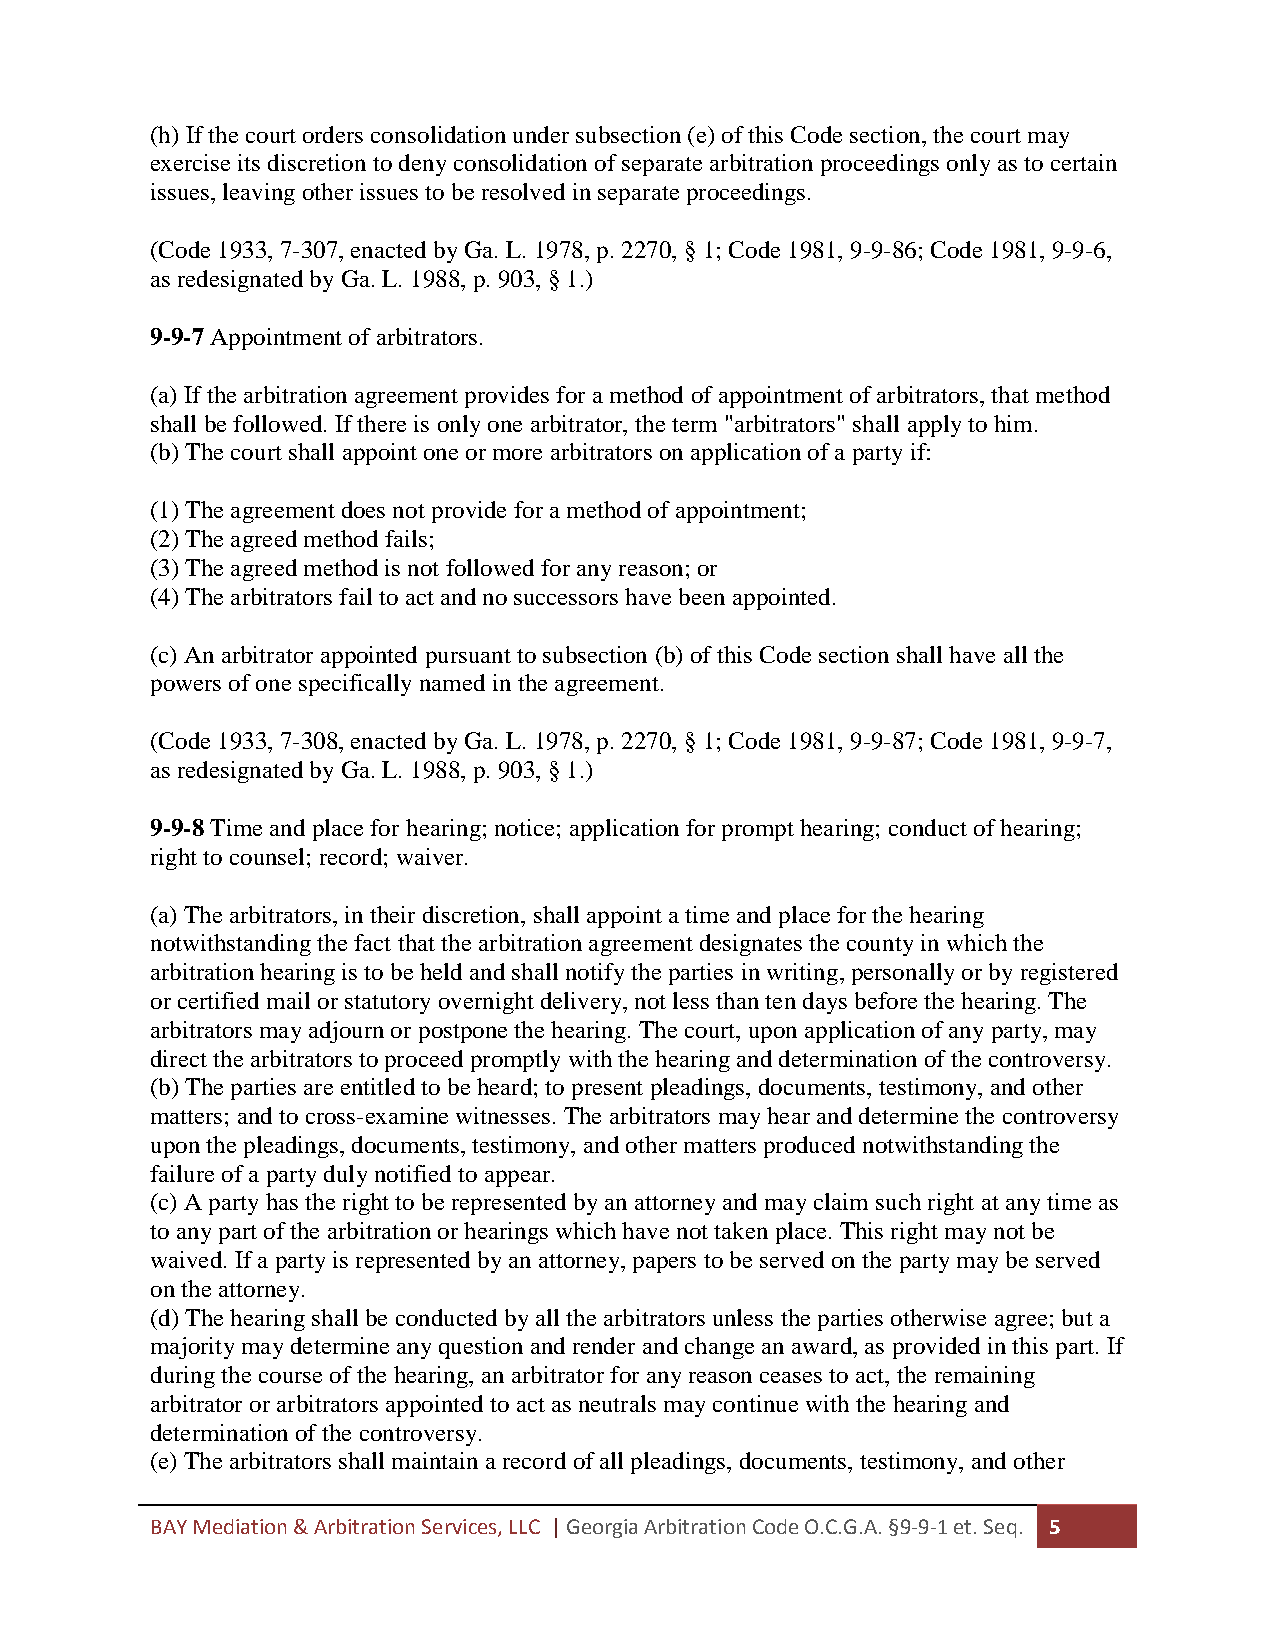
(h) If the court orders consolidation under subsection (e) of this Code section, the court may
 exercise its discretion to deny consolidation of separate arbitration proceedings only as to certain
 issues, leaving other issues to be resolved in separate proceedings.
 (Code 1933, 7-307, enacted by Ga. L. 1978, p. 2270, § 1; Code 1981, 9-9-86; Code 1981, 9-9-6,
 as redesignated by Ga. L. 1988, p. 903, § 1.)
 9-9-7 Appointment of arbitrators.
 (a) If the arbitration agreement provides for a method of appointment of arbitrators, that method
 shall be followed. If there is only one arbitrator, the term "arbitrators" shall apply to him.
 (b) The court shall appoint one or more arbitrators on application of a party if:
 (1) The agreement does not provide for a method of appointment;
 (2) The agreed method fails;
 (3) The agreed method is not followed for any reason; or
 (4) The arbitrators fail to act and no successors have been appointed.
 (c) An arbitrator appointed pursuant to subsection (b) of this Code section shall have all the
 powers of one specifically named in the agreement.
 (Code 1933, 7-308, enacted by Ga. L. 1978, p. 2270, § 1; Code 1981, 9-9-87; Code 1981, 9-9-7,
 as redesignated by Ga. L. 1988, p. 903, § 1.)
 9-9-8 Time and place for hearing; notice; application for prompt hearing; conduct of hearing;
 right to counsel; record; waiver.
 (a) The arbitrators, in their discretion, shall appoint a time and place for the hearing
 notwithstanding the fact that the arbitration agreement designates the county in which the
 arbitration hearing is to be held and shall notify the parties in writing, personally or by registered
 or certified mail or statutory overnight delivery, not less than ten days before the hearing. The
 arbitrators may adjourn or postpone the hearing. The court, upon application of any party, may
 direct the arbitrators to proceed promptly with the hearing and determination of the controversy.
 (b) The parties are entitled to be heard; to present pleadings, documents, testimony, and other
 matters; and to cross-examine witnesses. The arbitrators may hear and determine the controversy
 upon the pleadings, documents, testimony, and other matters produced notwithstanding the
 failure of a party duly notified to appear.
 (c) A party has the right to be represented by an attorney and may claim such right at any time as
 to any part of the arbitration or hearings which have not taken place. This right may not be
 waived. If a party is represented by an attorney, papers to be served on the party may be served
 on the attorney.
 (d) The hearing shall be conducted by all the arbitrators unless the parties otherwise agree; but a
 majority may determine any question and render and change an award, as provided in this part. If
 during the course of the hearing, an arbitrator for any reason ceases to act, the remaining
 arbitrator or arbitrators appointed to act as neutrals may continue with the hearing and
 determination of the controversy.
 (e) The arbitrators shall maintain a record of all pleadings, documents, testimony, and other
 BAY Mediation & Arbitration Services, LLC | Georgia Arbitration Code O.C.G.A. §9-9-1 et. Seq. 5